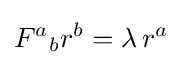
F^{a}{}_{b}r^{b}=\lambda \,r^{a}